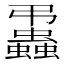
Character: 𧔨